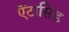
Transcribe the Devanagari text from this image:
ऍंटासिड